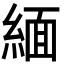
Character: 緬